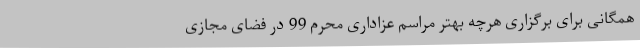
همگانی برای برگزاری هرچه بهتر مراسم عزاداری محرم 99 در فضای مجازی